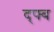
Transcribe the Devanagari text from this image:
द्फ्ब